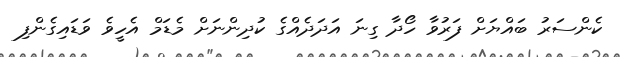
ކެންސަރު ބައްޔަށް ފަރުވާ ހޯދާ ގިނަ އަދަދެއްގެ ކުދިންނަށް މެޑަމް އެހީވެ ވަޑައިގެންފި